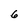
Character: 6